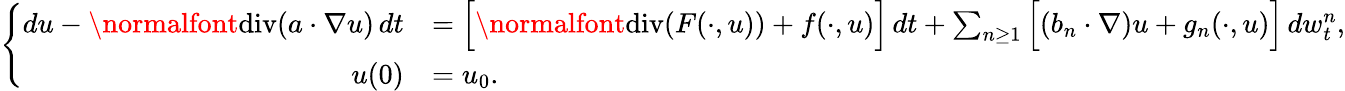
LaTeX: \left\{ \begin{array}{rl}{du-\normalfont{\mathrm{div}}(a\cdot\nabla u)\, dt}&{=\Big[\normalfont{\mathrm{div}}(F(\cdot,u))+f(\cdot,u)\Big]\, dt+\sum_{n\geq 1}\Big[(b_{n}\cdot\nabla)u+g_{n}(\cdot,u)\Big]\, dw_{t}^{n},}\\ {u(0)}&{=u_{0}.}\end{array}\right.